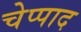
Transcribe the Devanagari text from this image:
चेप्पाद